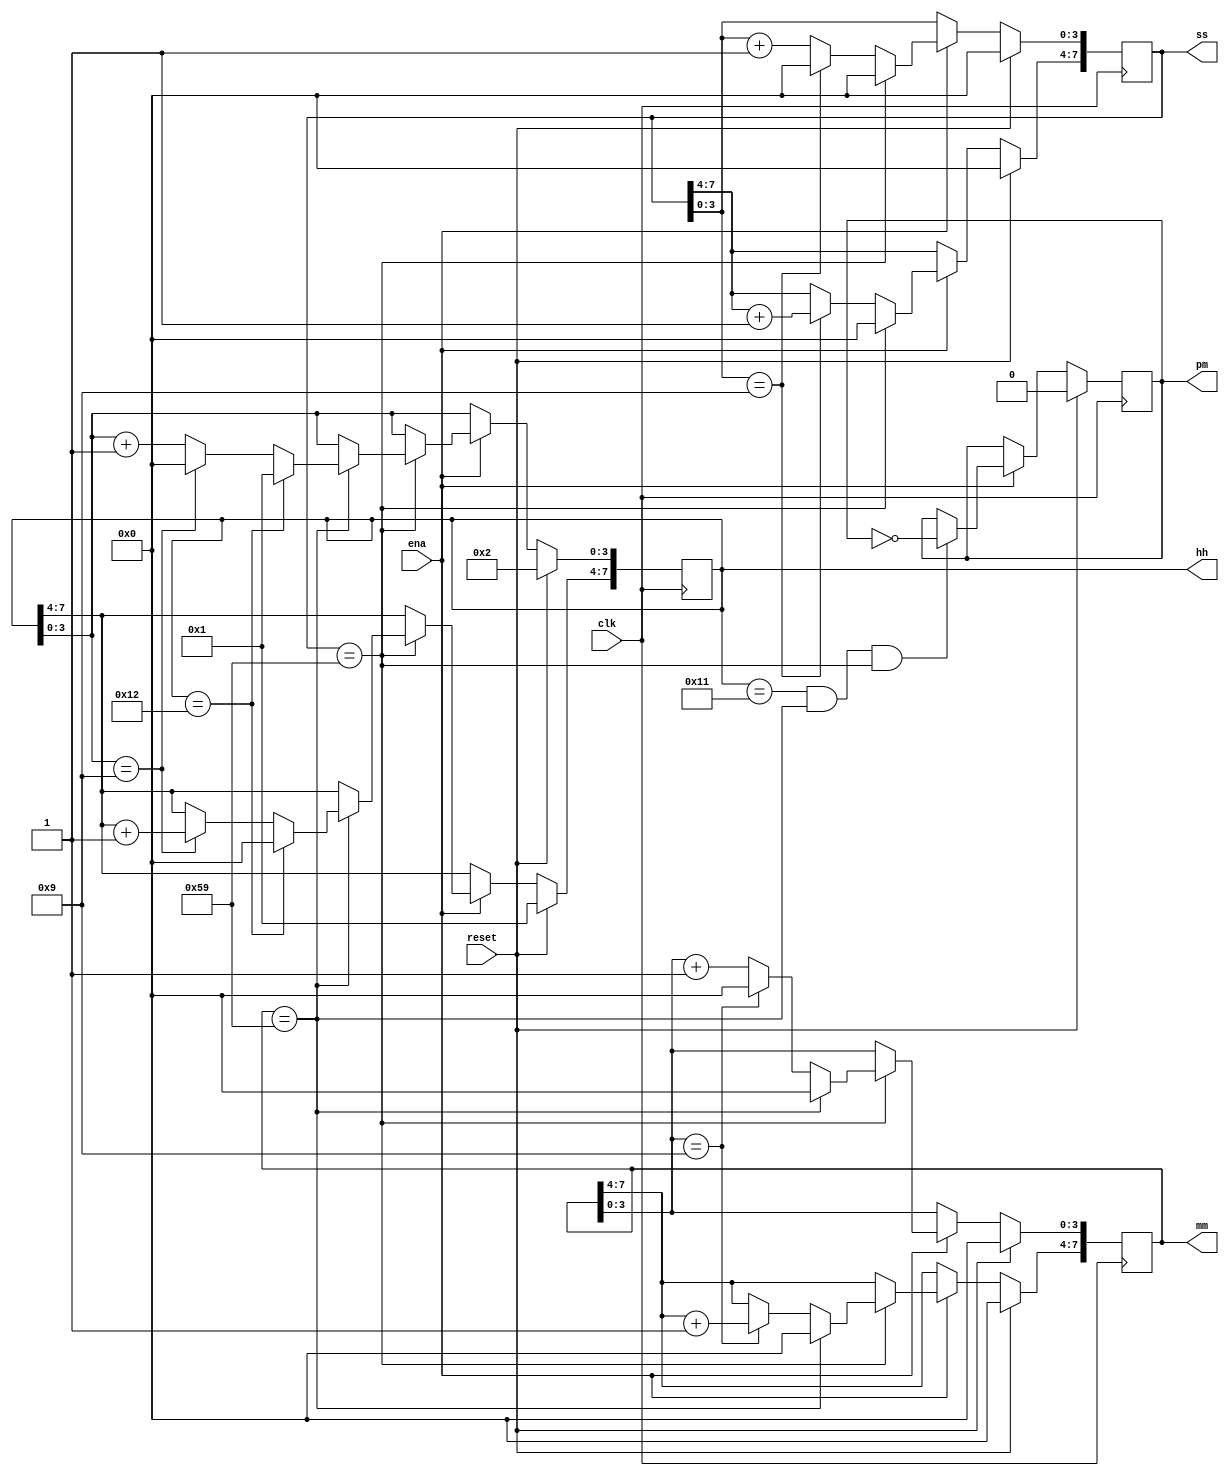
module top_module(
    input clk,
    input reset,
    input ena,
    output reg pm,
    output reg [7:0] hh,
    output reg [7:0] mm,
    output reg [7:0] ss);
    
    always @ (posedge clk) begin
        if(reset)
            begin 
                hh <= 8'h12;
                mm <= 8'b0;
                ss <= 8'b0;
                pm <= 1'b0;
            end
        else
            begin
                if (ena)begin
                    pm <= (hh == 8'h11 && mm == 8'h59 && ss == 8'h59)? ~pm : pm;
                    if(ss == 8'h59)
                        begin
                          ss <= 0;
                            if(mm == 8'h59)
                                begin
                                  mm <= 0;
                                    if(hh == 8'h12)
                                        begin
                                          hh<= 8'b01;  
                                        end
                                    else
                                        begin
                                            if (hh[3:0] == 4'd9)
                                                begin
                                                    hh[3:0] <= 4'd0;
                                                    hh[7:4] <= hh[7:4] + 4'd1;
                                                end
                                            else
                                                 hh[3:0] <= hh[3:0] + 4'd1;
                                        end
                                end
                            else
                                begin
                                    if (mm[3:0] == 4'd9) 
                                        begin
                                            mm[3:0] <= 0;
                                            mm[7:4] <= mm[7:4] + 4'd1;
                                        end
                                    else
                                        mm[3:0]<= mm[3:0] + 4'b1;
                                end
                        end
                    else 
                        begin
                            if (ss[3:0] == 4'd9) 
                                begin
                                ss[3:0] <= 0;
                                ss[7:4] <= ss[7:4] + 4'd1;
                                end
                            else 
                                ss[3:0] <= ss[3:0] + 4'd1;
                        end
                end
            end
    end

endmodule